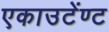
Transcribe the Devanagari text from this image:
एकाउटेंण्ट